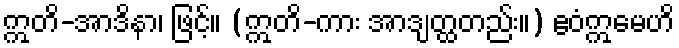
ဣတိ-အာဒိနာ၊ ဖြင့်။ (ဣတိ-ကား အာဒျတ္ထတည်း။) ဧဝံဣမေဟိ